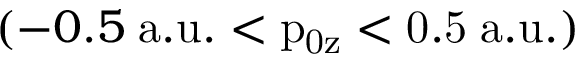
( - 0 . 5 \mathrm { \; a . u . < p _ { 0 z } < 0 . 5 \mathrm { \; a . u . ) } }